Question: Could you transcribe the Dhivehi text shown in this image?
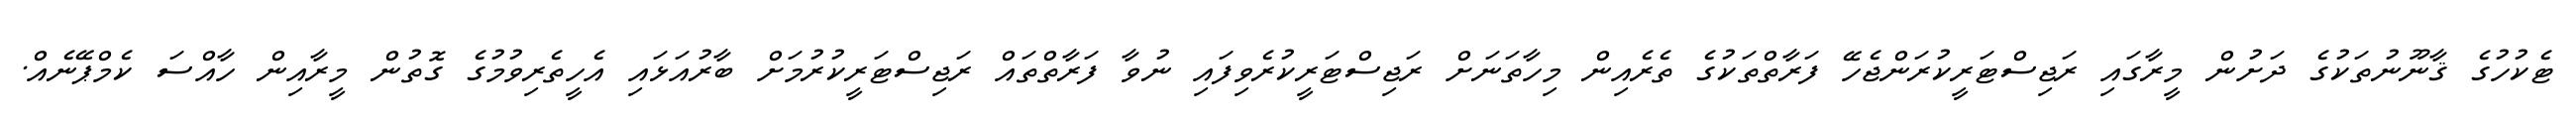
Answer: ޓެކުހުގެ ޤާނޫނުތަކުގެ ދަށުން މީރާގައި ރަޖިސްޓަރީކުރަންޖެހޭ ފަރާތްތަކުގެ ތެރެއިން މިހާތަނަށް ރަޖިސްޓަރީކުރެވިފައި ނުވާ ފަރާތްތައް ރަޖިސްޓަރީކުރުމަށް ބާރުއަޅައި އެހީތެރިވުމުގެ ގޮތުން މީރާއިން ހާއްސަ ކެމްޕޭނެއް.